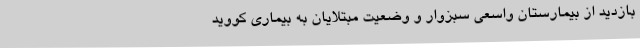
بازدید از بیمارستان واسعی سبزوار و وضعیت مبتلایان به بیماری کووید